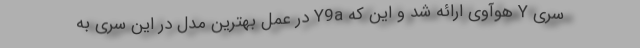
سری Y هوآوی ارائه شد و این که Y9a در عمل بهترین مدل در این سری به